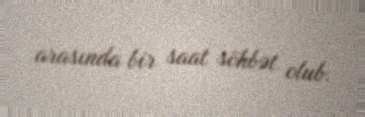
arasında bir saat söhbət olub.